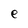
Character: e